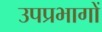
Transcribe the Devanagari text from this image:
उपप्रभागों